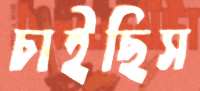
চাইছিস